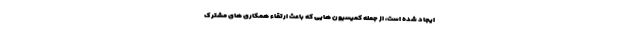
ایجاد شده است، از جمله کمیسیون هایی که باعث ارتقاء همکاری های مشترک